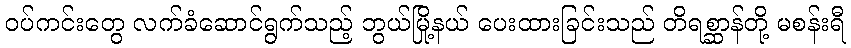
ဝပ်ကင်းတွေ လက်ခံဆောင်ရွက်သည့် ဘွယ်မြို့နယ် ပေးထားခြင်းသည် တိရစ္ဆာန်တို့ မစန်းရီ